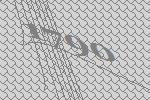
1790